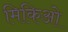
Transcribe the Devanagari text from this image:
मिकिओ